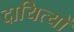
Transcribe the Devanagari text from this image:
दायित्यों